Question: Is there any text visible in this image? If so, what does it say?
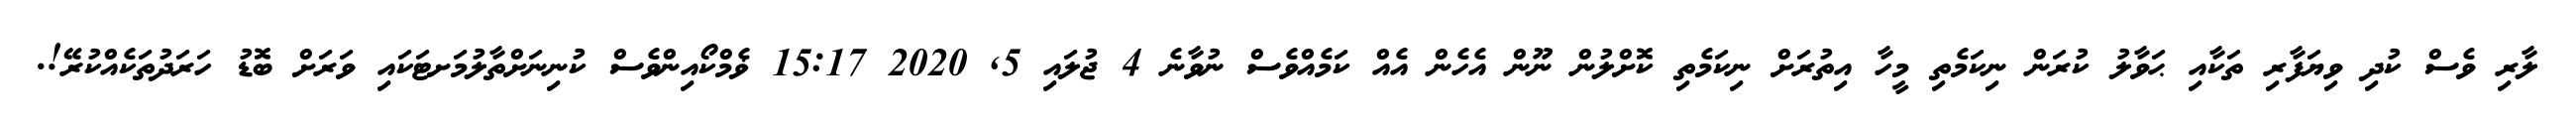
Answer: ލާރި ވެސް ކުދި ވިޔަފާރި ތަކާއި ޙަވާލު ކުރަން ނިކަމެތި މީހާ އިތުރަށް ނިކަމެތި ކޮށްލުން ނޫން އެހެން އެއް ކަމެއްވެސް ނުވާނެ 4 ޖުލައި 5, 2020 15:17 ޥެމްކޯއިންވެސް ކުނިނަށްތާލުމަށޓަކައި ވަރަށް ބޮޑު ހަރަދުތަކެއްކުރޭ!.